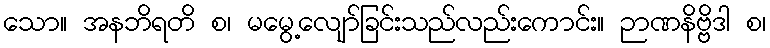
သော။ အနဘိရတိ စ၊ မမွေ့လျော်ခြင်းသည်လည်းကောင်း။ ဉာဏနိဗ္ဗိဒါ စ၊